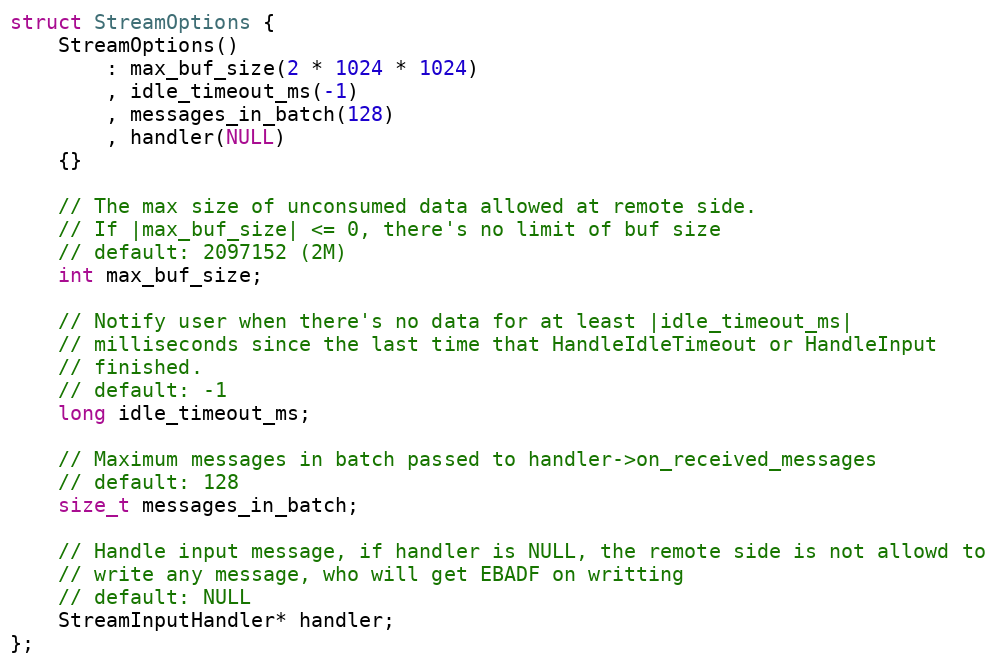
Language: C
struct StreamOptions {
    StreamOptions()
        : max_buf_size(2 * 1024 * 1024)
        , idle_timeout_ms(-1)
        , messages_in_batch(128)
        , handler(NULL)
    {}

    // The max size of unconsumed data allowed at remote side.
    // If |max_buf_size| <= 0, there's no limit of buf size
    // default: 2097152 (2M)
    int max_buf_size;

    // Notify user when there's no data for at least |idle_timeout_ms|
    // milliseconds since the last time that HandleIdleTimeout or HandleInput
    // finished.
    // default: -1
    long idle_timeout_ms;

    // Maximum messages in batch passed to handler->on_received_messages
    // default: 128
    size_t messages_in_batch;

    // Handle input message, if handler is NULL, the remote side is not allowd to
    // write any message, who will get EBADF on writting
    // default: NULL
    StreamInputHandler* handler;
};